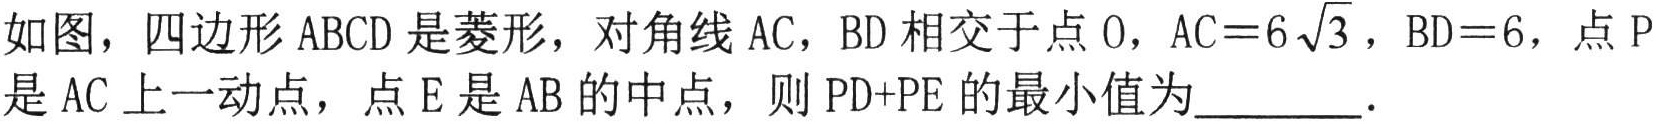
如图，四边形 \(ABCD\) 是菱形，对角线 \(AC\)，\(BD\) 相交于点 \(O\)，\(AC = 6\sqrt{3}\)，\(BD = 6\)，点 \(P\) 是 \(AC\) 上一动点，点 \(E\) 是 \(AB\) 的中点，则 \(PD + PE\) 的最小值为________．